Annual report of the Imperial Bacteriologist
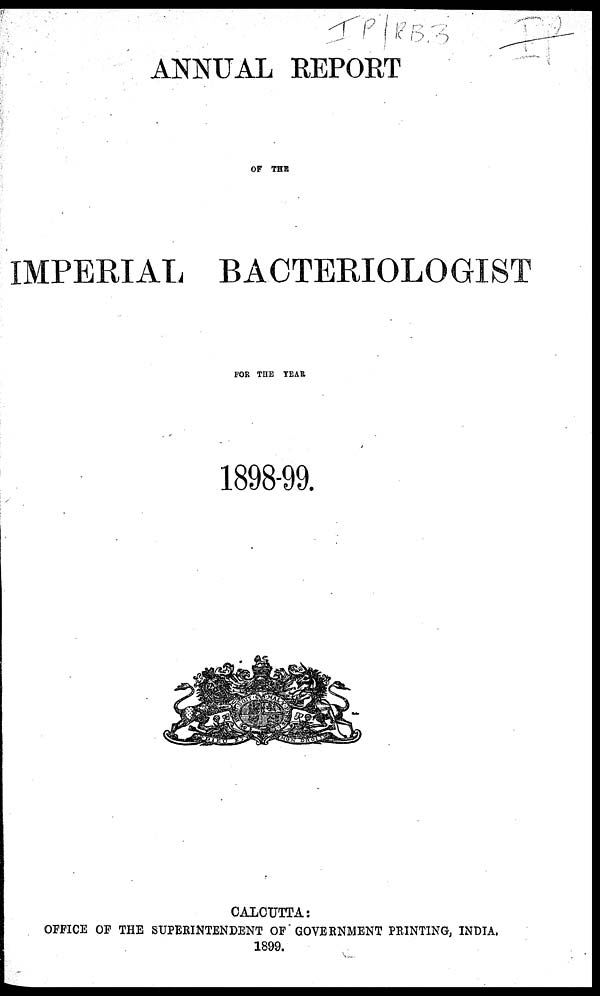
ANNUAL REPORT
OF THE
IMPERIAL BACTERIOLOGIST
FOR THE YEAR
1898-99.
CALCUTTA:
OFFICE OF THE SUPERINTENDENT OF GOVERNMENT PRINTING, INDIA.
1899.